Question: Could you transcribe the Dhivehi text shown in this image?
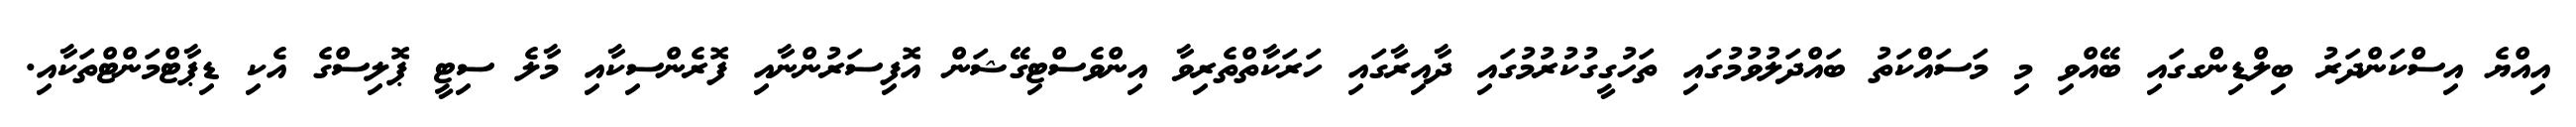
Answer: އިއްޔެ އިސްކަންދަރު ބިލްޑިންގގައި ބޭއްވި މި މަސައްކަތު ބައްދަލުވުމުގައި ތަހުގީގުކުރުމުގައި ދާއިރާގައި ހަރަކާތްތެރިވާ އިންވެސްޓިގޭޝަން އޮފިސަރުންނާއި ފޮރެންސިކާއި މާލެ ސިޓީ ޕޮލިސްގެ އެކި ޑިޕާޓްމަންޓްތަކާއި.